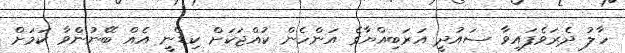
ހާލު ދެރަވެފައިވާ ސައުދީ އަރަބިއްޔާގެ އަންހެން ކުއްޖަކަށް ކިޑްނީ އެއް ބޭނުންވާ ކަމަށް